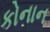
કોનાન